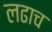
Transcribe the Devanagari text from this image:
लढाच